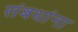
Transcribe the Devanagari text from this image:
संबधांना